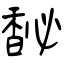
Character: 馝